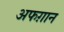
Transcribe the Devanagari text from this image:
अफग़ान